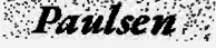
Paulsen